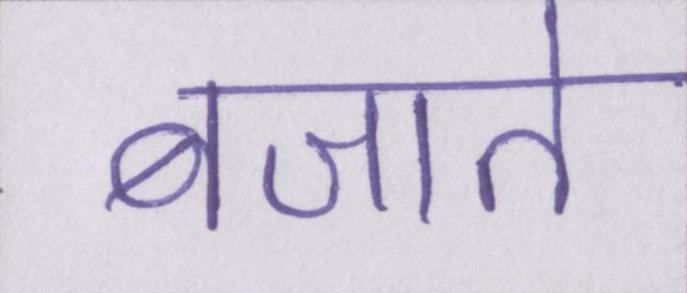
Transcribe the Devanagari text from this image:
बजाते